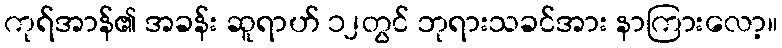
ကုရ်အာန်၏ အခန်း ဆူရာဟ် ၁၂တွင် ဘုရားသခင်အား နာကြားလော့။